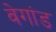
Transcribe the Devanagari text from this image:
वेगांड